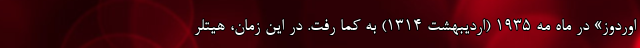
اُوردوز» در ماه مه ۱۹۳۵ (اردیبهشت ۱۳۱۴) به کما رفت. در این زمان، هیتلر